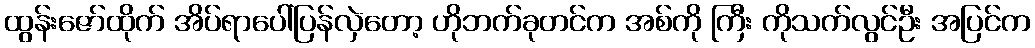
ထွန်းဇော်ထိုက် အိပ်ရာပေါ်ပြန်လှဲတော့ ဟိုဘက်ခုတင်က အစ်ကို ကြီး ကိုသက်လွင်ဦး အပြင်က